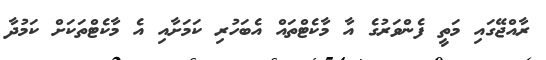
ރާއްޖޭގައި މަތީ ފެންވަރުގެ އާ މާކެޓްތައް އެބަހުރި ކަމަށާއި އެ މާކެޓްތަކަށް ކަމުދާ